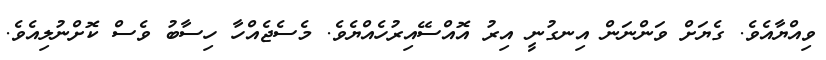
ވިއްޔާއެވެ. ގެޔަށް ވަންނަން އިނގުނީ އިރު އޮއްސޭއިރުހެއްޔެވެ. މެސެޖެއްހާ ހިސާބު ވެސް ކޮށްނުލިއެވެ.